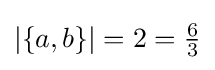
|\{a,b\}|=2={\tfrac {6}{3}}